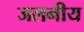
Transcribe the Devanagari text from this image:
जलनीय